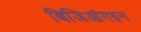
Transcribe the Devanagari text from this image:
बिजिआंगइन